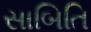
સાબિતિ